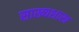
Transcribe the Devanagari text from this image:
साख्यशास्त्र